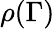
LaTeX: \rho(\Gamma)